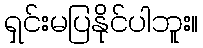
ရှင်းမပြနိုင်ပါဘူး။